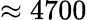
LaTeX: \approx 4700